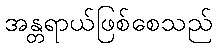
အန္တရာယ်ဖြစ်စေသည်